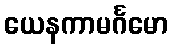
ယေနကာမင်္ဂမော